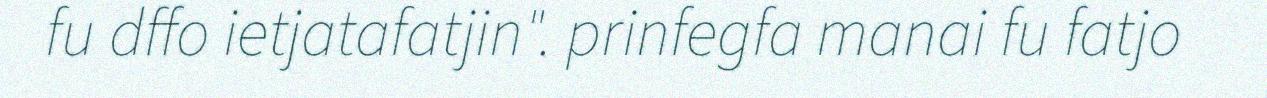
fu dffo ietjatafatjin". prinfegfa manai fu fatjo